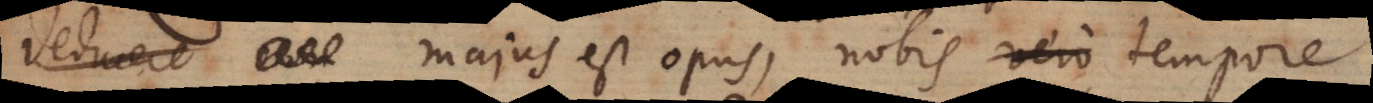
deduere majus est opus, nobis tempore